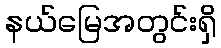
နယ်မြေအတွင်းရှိ